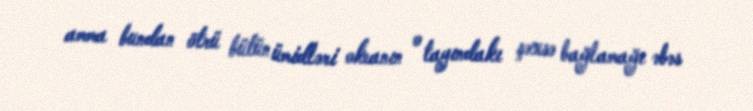
amma bundan ötrü bütün ümidləri okeanın o tayındakı şəxsə bağlamağı əbəs